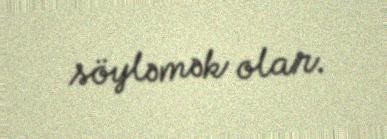
söyləmək olar.